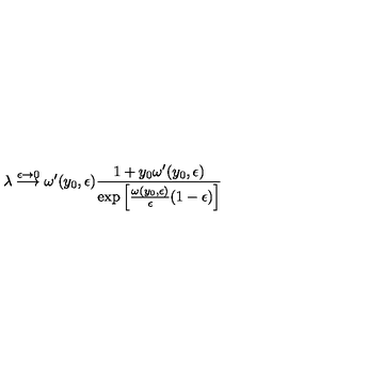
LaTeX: \lambda \stackrel { \epsilon \to 0 } { \longrightarrow } \omega ^ { \prime } ( y _ { 0 } , \epsilon ) { \frac { 1 + y _ { 0 } \omega ^ { \prime } ( y _ { 0 } , \epsilon ) } { \exp \left[ { \frac { \omega ( y _ { 0 } , \epsilon ) } { \epsilon } } ( 1 - \epsilon ) \right] } }